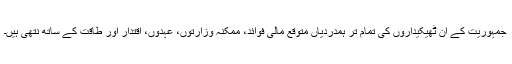
جمہوریت کے ان ٹھیکیداروں کی تمام تر ہمدردیاں متوقع مالی فوائد، ممکنہ وزارتوں، عہدوں، اقتدار اور طاقت کے ساتھ نتھی ہیں۔